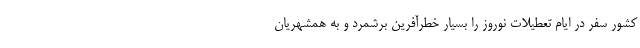
کشور سفر در ایام تعطیلات نوروز را بسیار خطرآفرین برشمرد و به همشهریان